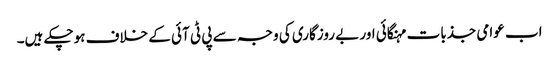
اب عوامی جذبات مہنگائی اور بے روزگاری کی وجہ سے پی ٹی آئی کے خلاف ہوچکے ہیں۔